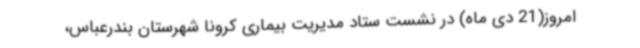
امروز(21 دی ماه) در نشست ستاد مدیریت بیماری کرونا شهرستان بندرعباس،